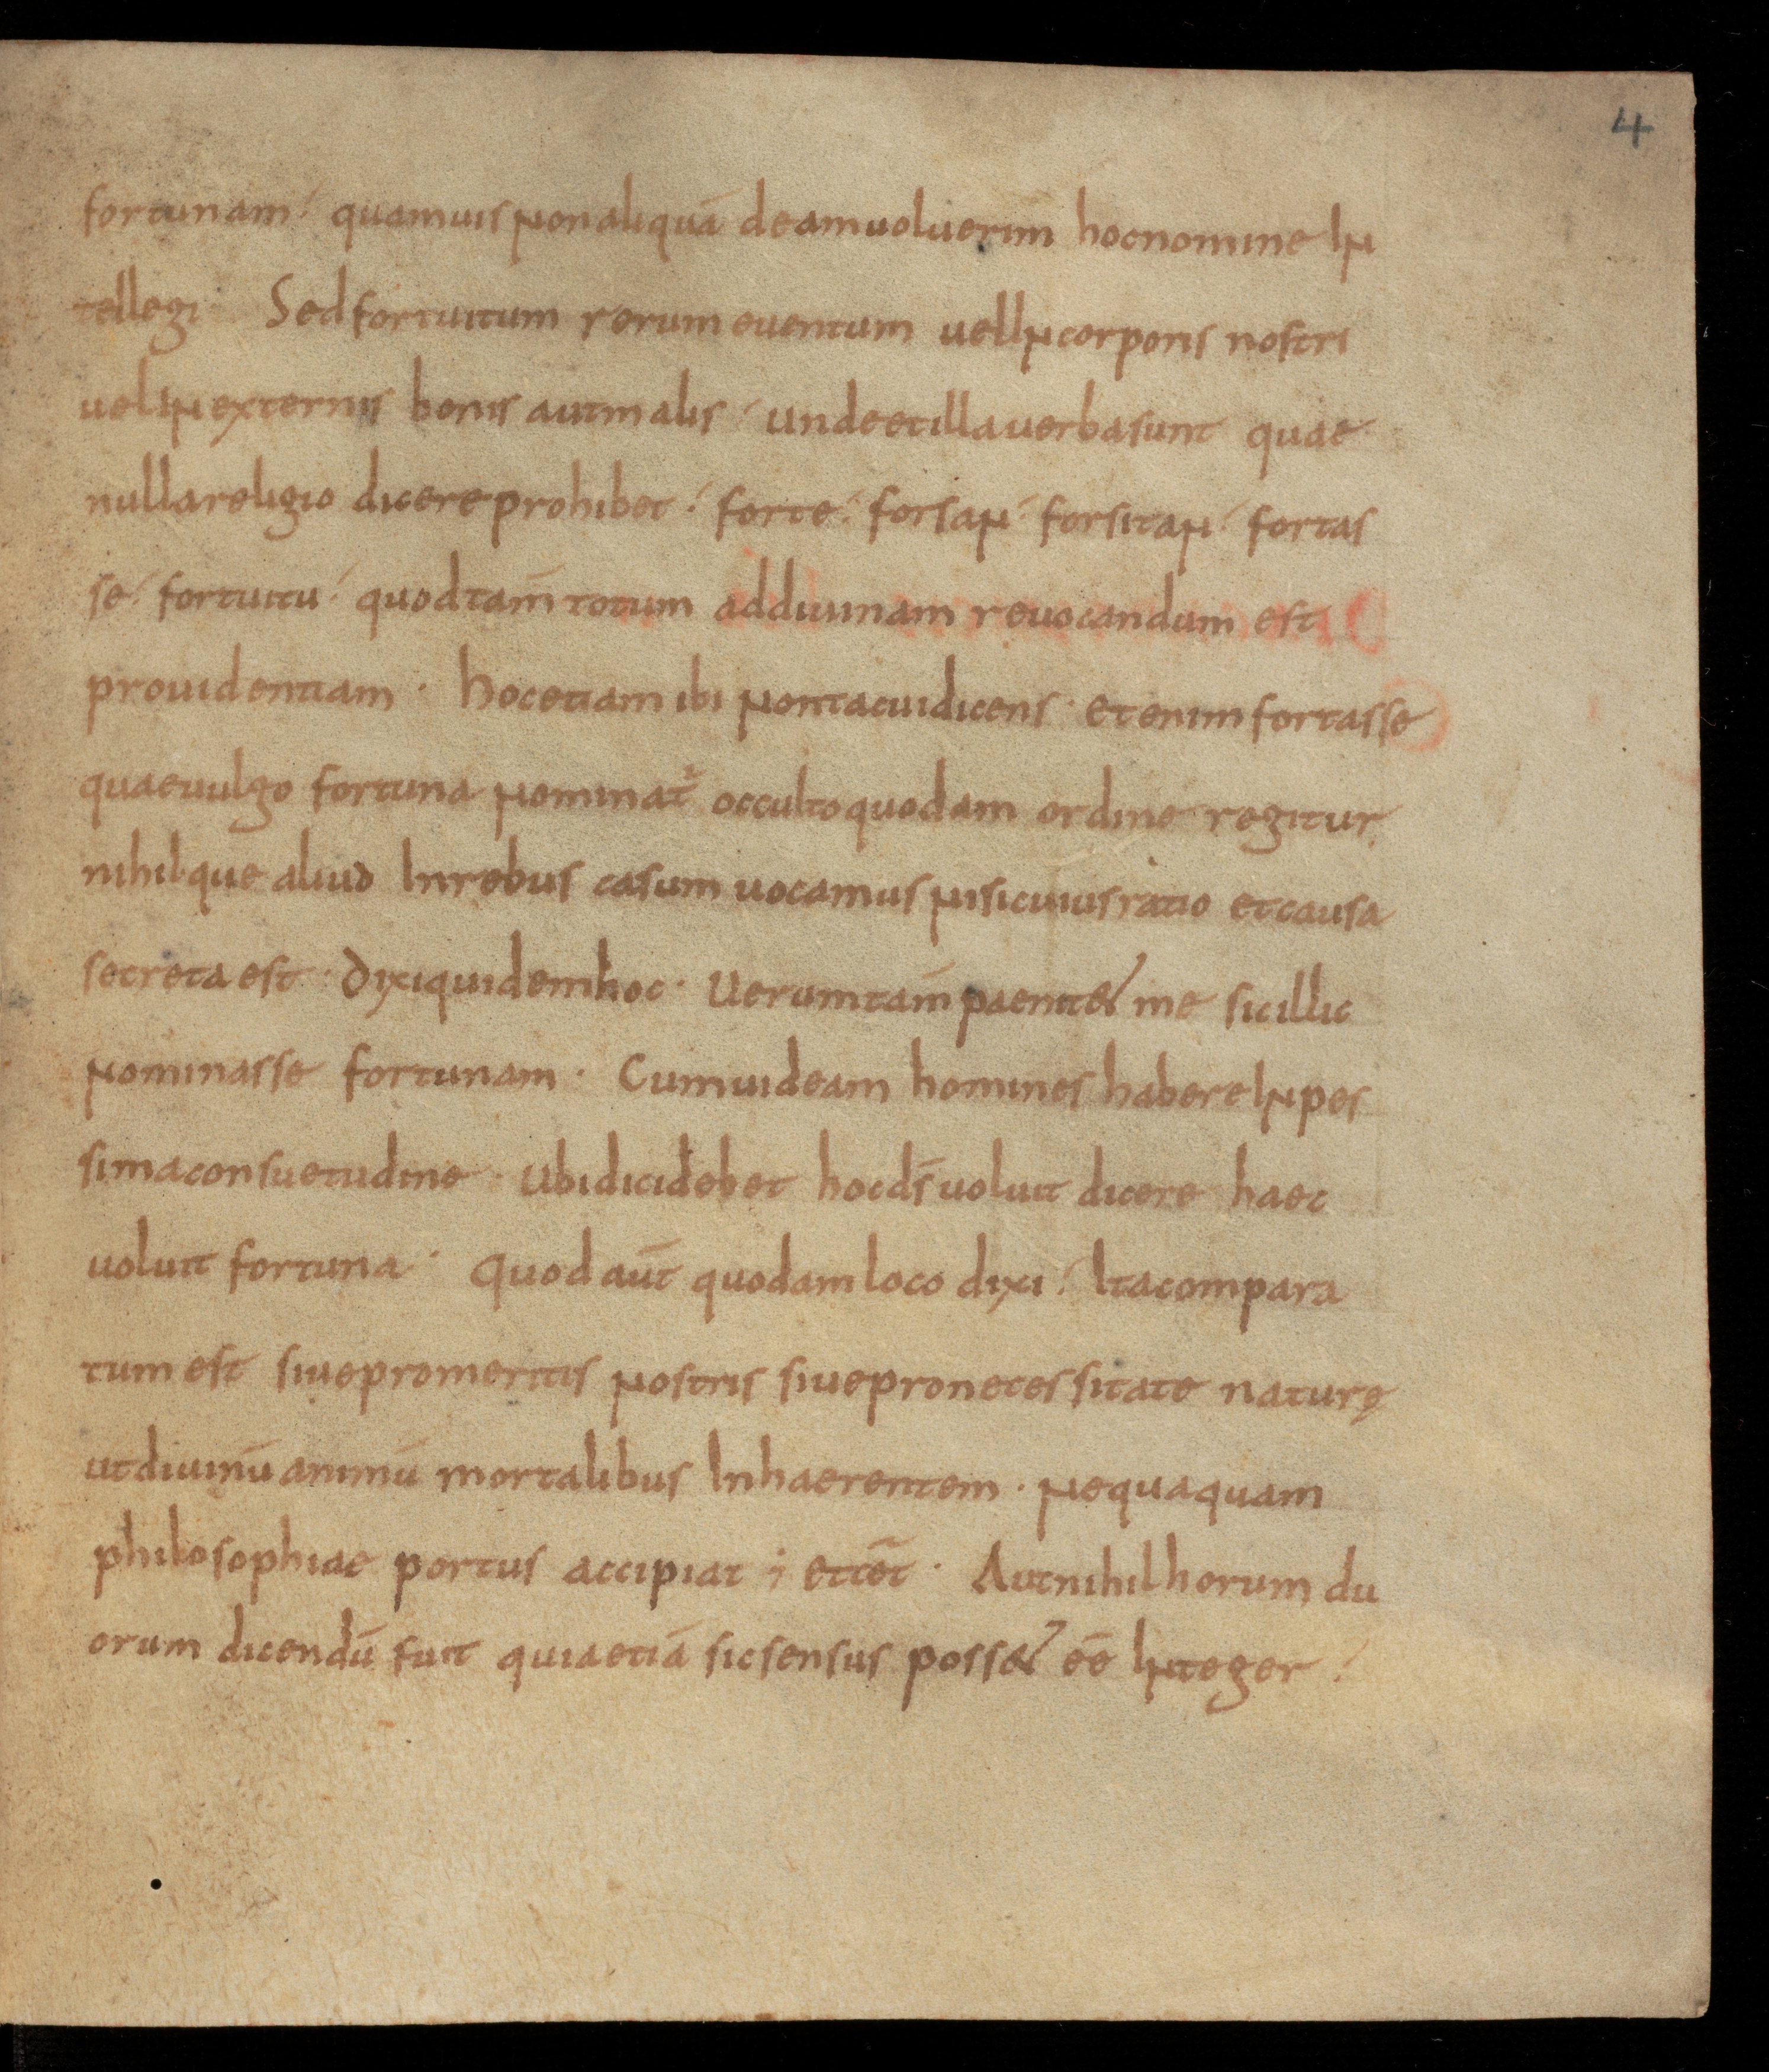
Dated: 850–899